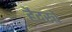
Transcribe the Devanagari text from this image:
हैदरचे